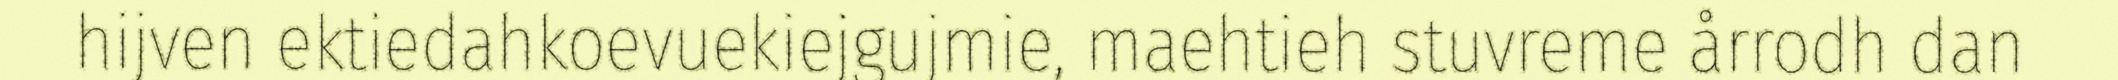
hijven ektiedahkoevuekiejgujmie, maehtieh stuvreme årrodh dan